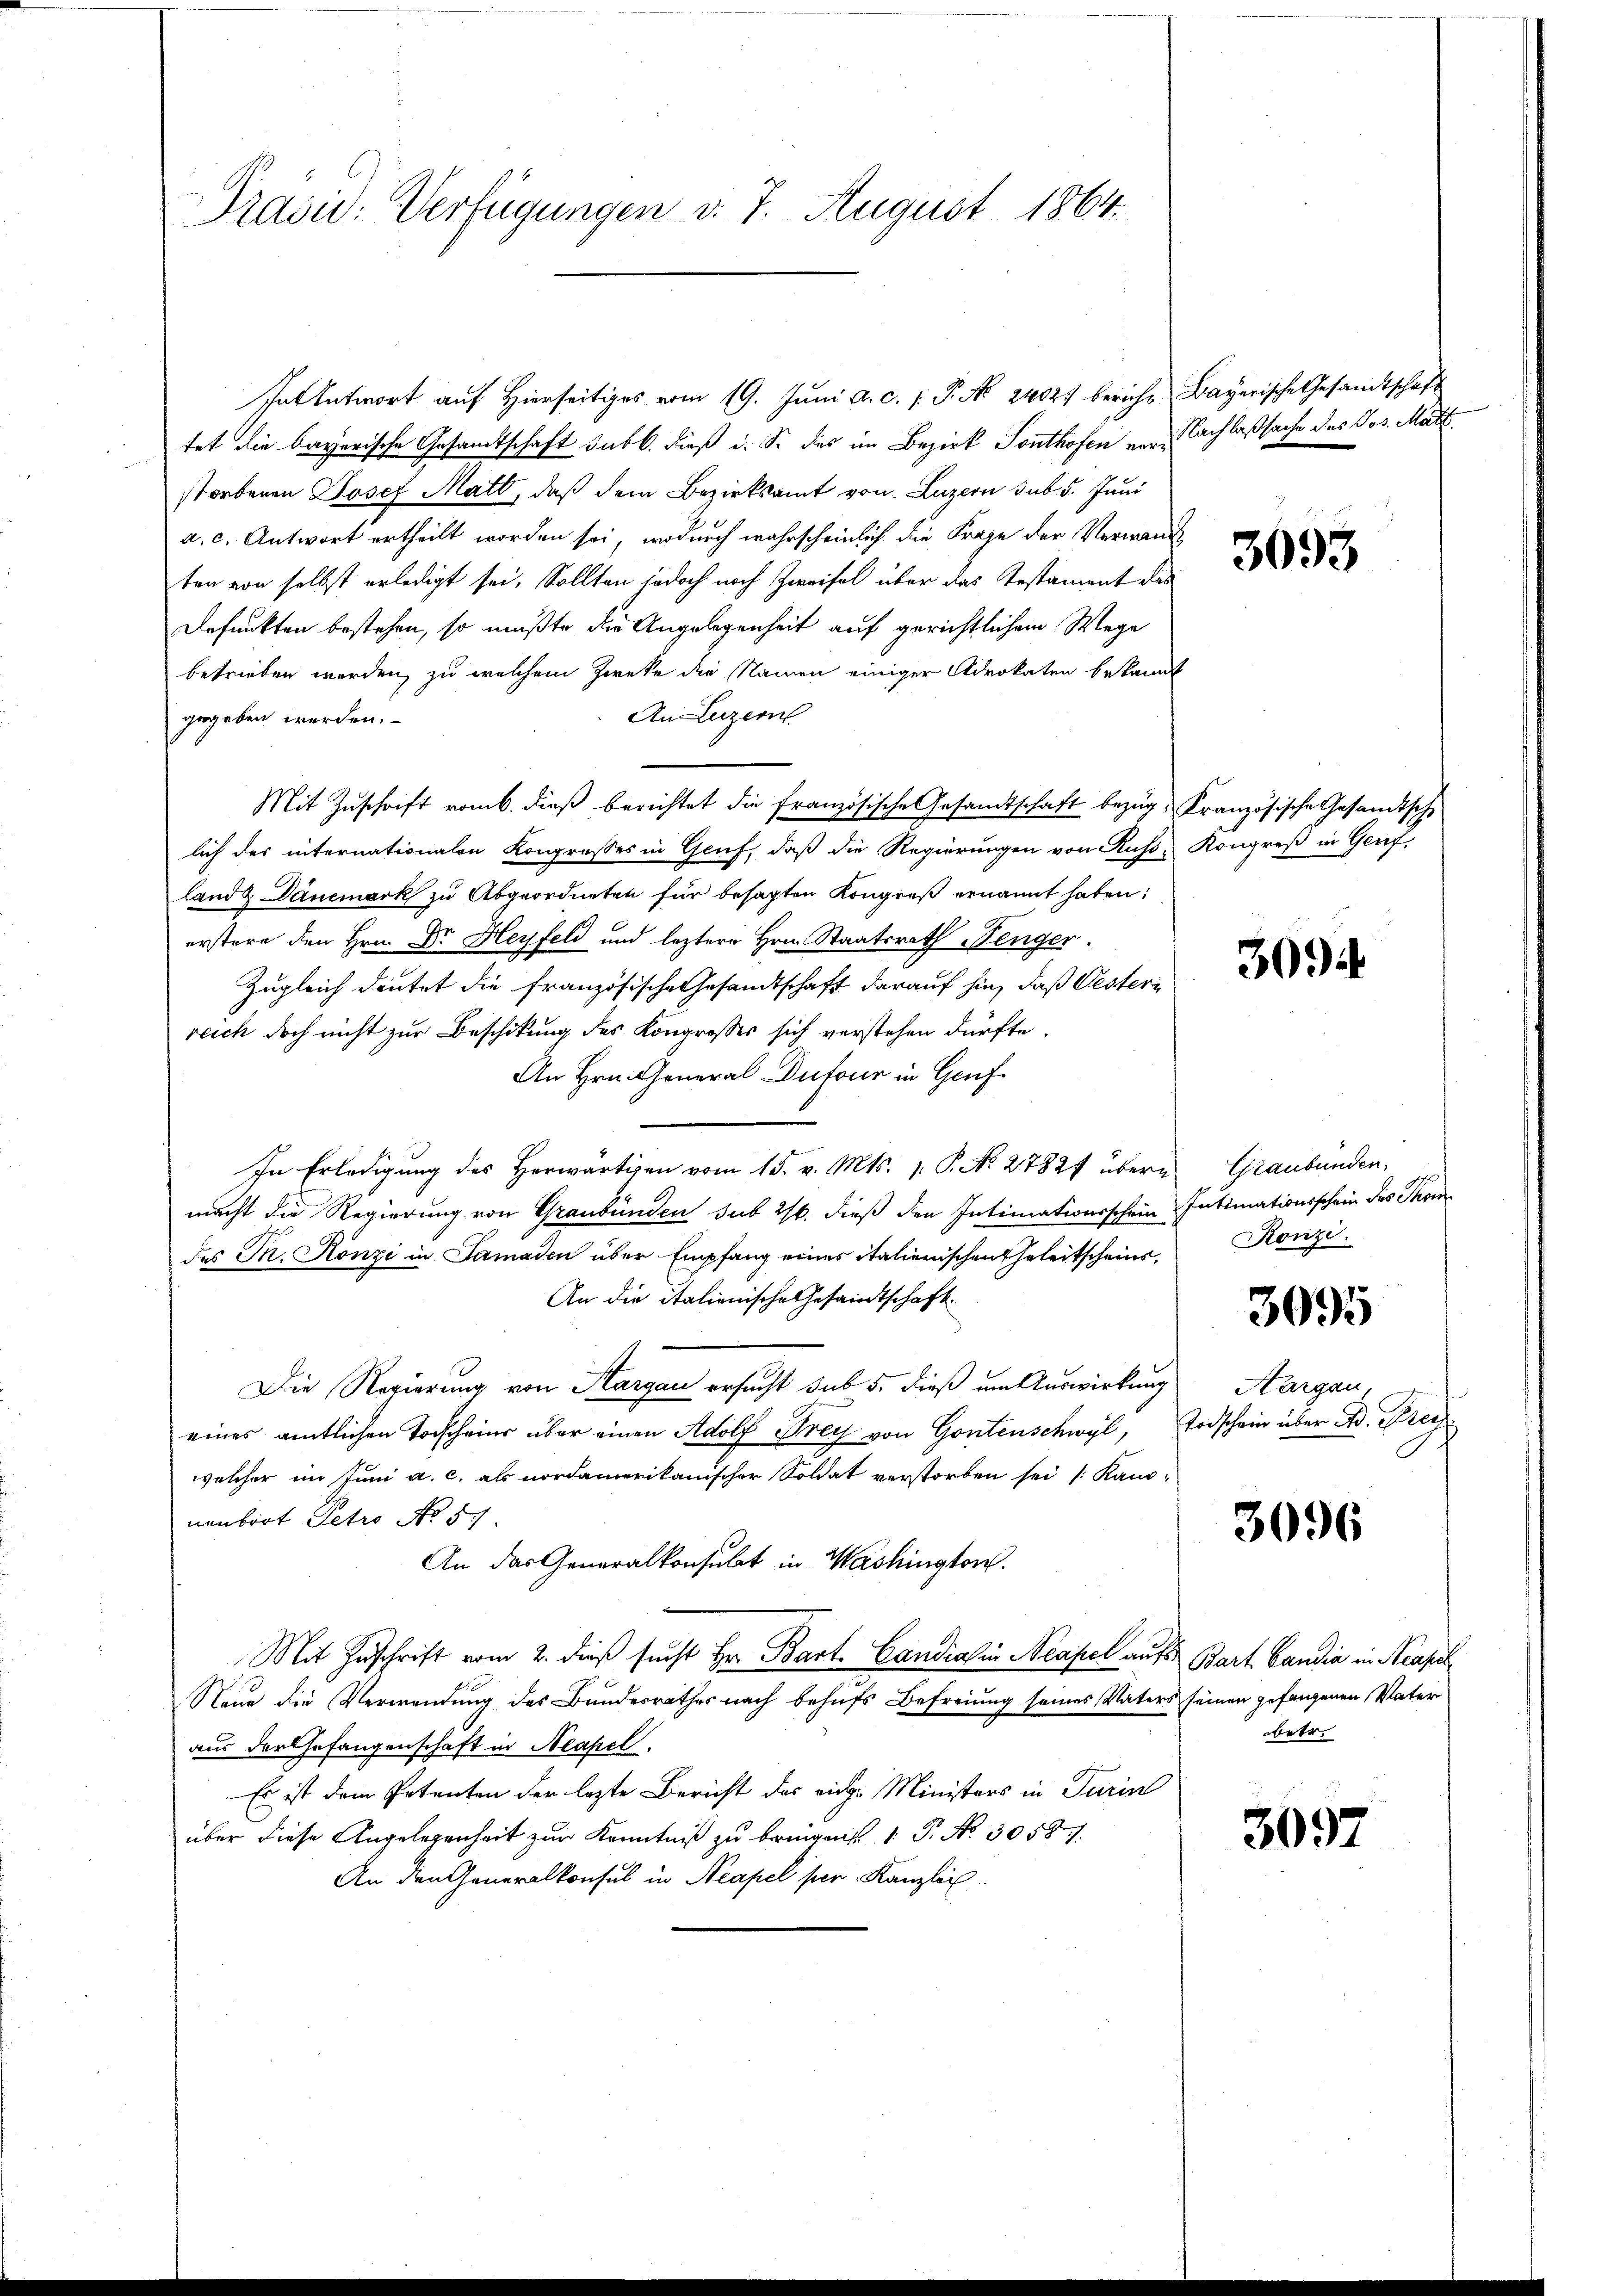
Prašić: Verfügungen v. 7. August 1864.

Ent Antwort auf Hierseitiges vom 19. Juni a. c. p. P. No 2402. bericht
tet die bayerische Gesandtschaft sub b. dieß i. So das im Bezirk Ponthofen verstorbenen Josef Matt, daß dem Bezirksamt von Luzern sub 5. Juni
a. c. Antwort ertheilt worden sei, wodurch wahrscheinlich die Frage der Verwanten von selbst erledigt sei. Sollten jedoch noch Zweifel über das Testament des
Defunkten bestehen, so mußte die Angelegenheit auf gerichtlichem Wege
betrieben werden, zu welchem Zwecke der Namen einiger Advokaten bekannt
An Luzern
gegeben werden.
Mit Zuschrift vom 6. dieß berichtet die französische Gesandtschaft bezüglich des internationalen Kongrosses in Gruf, daß die Regierungen von Russ-
land Danemark zu Abgeordneten für besagten Kongreß ernannt haben,
erstere den Hrn. Dr Heyfeld und leztere Hrn. Staatsrath Nenger.
Zugleich deutet die französische Gesandtschaft darauf hin, daß Oesteri
reich doch nicht zur Beschikung des Kongresser sich verstehen dürfte.
An Hrn. General Dufour in Genf
In Erledigung des Herwärtigen vom 15. v. Mts. v. P. No 27827 übern
macht die Regierung von Graubünden sub 20. dieß den Intimationsschein
des Mn. Konzi in Samaden über Empfang eines italienischen Eheleitscheins,
An die italienische Gesamtschaft
Die Regierung von Sargau ersucht sub 5. dieß um Auswirkung
eines amtlichen Torscheins über einen Adolf Frey von Gontenschwyl,
welcher im Juni a. c. als nordamerikanischer Soldat verstorben sei (Kanonenbart Setro No 5.
An das Generalkonsulat in Washington.
Mit Zuschrift vom 2. dieß sucht Hr. Bart. Candiahin Neapel auf Bart Candia in Neapel
Neue die Verwendung des Bundesrathes nach behufs Befreiung seines Vaters seinen gefangenen Vater
aus der Gefangenschaft in Neapel.
Es ist dem Petenten der lezte Bericht des eidg. Ministers in Parin
über diese Angelegenheit zur Kenntniß zu bringen. P. No. 30581.
An den Generalkonsul in Neapel per Kanzlei

Bayerische Gesandtschaft
Nachlaßsache des Jos. Mart

3693

Kranzösische Gesandtsche
Kongreß in Genf,

303

Graubünden.
Intimationsschein des Thom
Konzi

3095

Aargau.
Todschein über A. Frey.

3096

betr.

3097